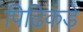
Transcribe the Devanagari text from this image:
पिढिकडे